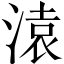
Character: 溒